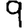
Digit: 9